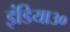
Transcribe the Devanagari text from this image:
इंडिया३०